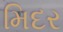
મિદર